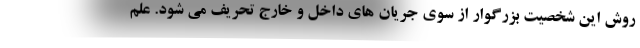
روش این شخصیت بزرگوار از سوی جریان های داخل و خارج تحریف می شود. علم